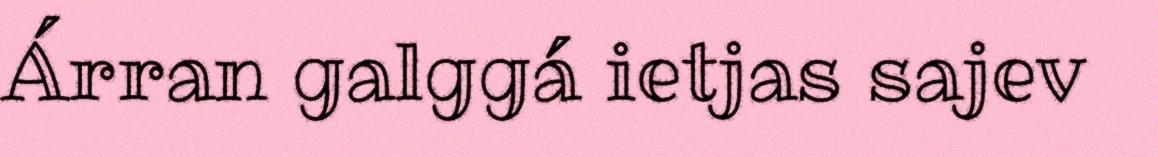
Árran galggá ietjas sajev